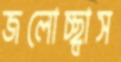
জলোচ্ছ্বাস